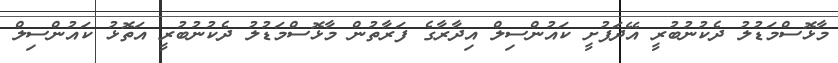
މާޅޮސްމަޑުލު ދެކުނުބުރީ އޭދަފުށީ ކައުންސިލް އިދާރާގެ ފަރާތުން މާޅޮސްމަޑުލު ދެކުނުބުރީ އަތޮޅު ކައުންސިލް